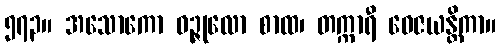
၅၇၃။ အသောကော ဝဉ္ဇုလော စာထ၊ တက္ကာရီ ဝေဇယန္တိကာ။